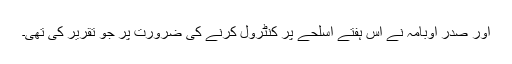
اور صدر اوبامہ نے اس ہفتے اسلحے پر کنٹرول کرنے کی ضرورت پر جو تقریر کی تھی۔